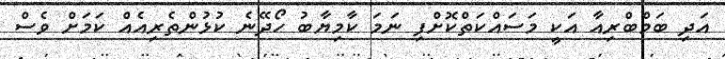
އަދި ބަމްބްރިއާ އަކީ މަސައްކަތްކޮށްފި ނަމަ ކާމިޔާބު ހޯދޭނެ ކުޅުންތެރިއެއް ކަމަށް ވެސް